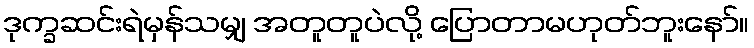
ဒုက္ခဆင်းရဲမှန်သမျှ အတူတူပဲလို့ ပြောတာမဟုတ်ဘူးနော်။